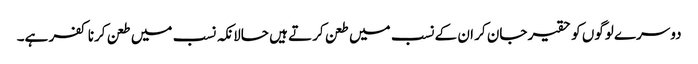
دوسرے لوگوں کو حقیر جان کر ان کے نسب میں طعن کرتے ہیں حالانکہ نسب میں طعن کرنا کفر ہے۔